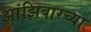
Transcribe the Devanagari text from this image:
झांझिबारच्या